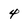
Character: 4